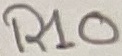
Text: R10